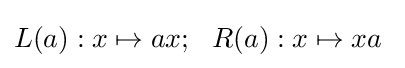
L(a):x\mapsto ax;\ \ R(a):x\mapsto xa\